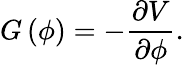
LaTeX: G\left(\phi\right)=-{\frac{\partial V}{\partial\phi}}.